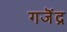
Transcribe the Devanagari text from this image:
गजॆंद्र